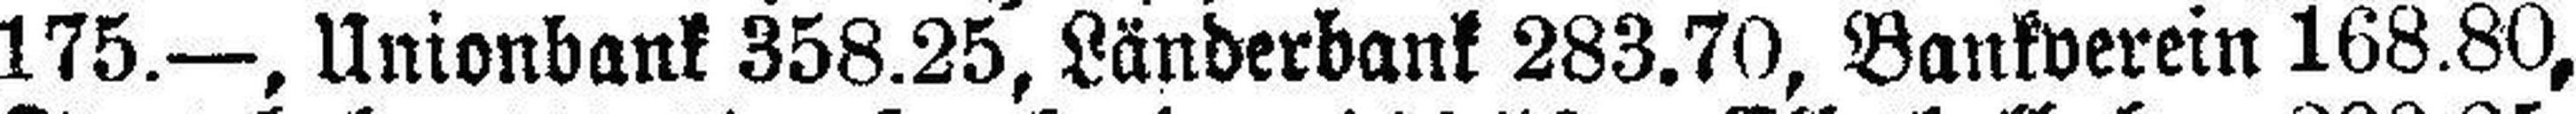
175.—, Unionbank 358.25, Länderbank 283.70, Bankverein 168.80,